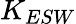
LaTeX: K_{ESW}